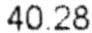
40.28